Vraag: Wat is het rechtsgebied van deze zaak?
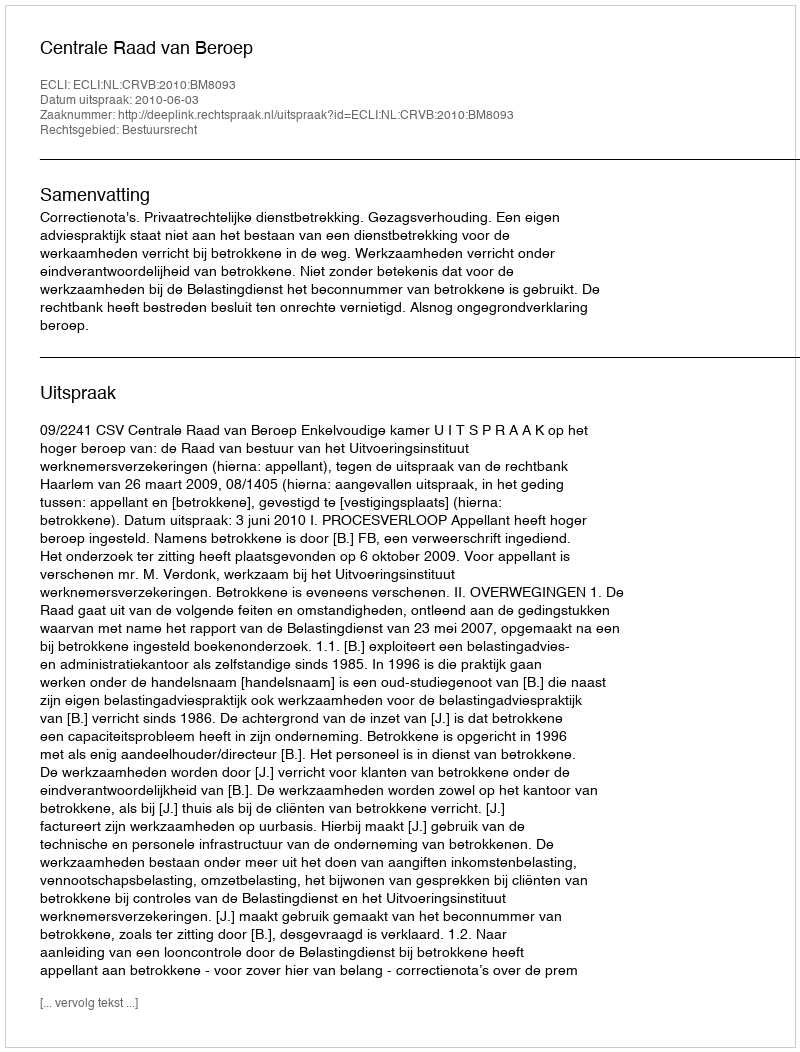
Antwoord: Bestuursrecht